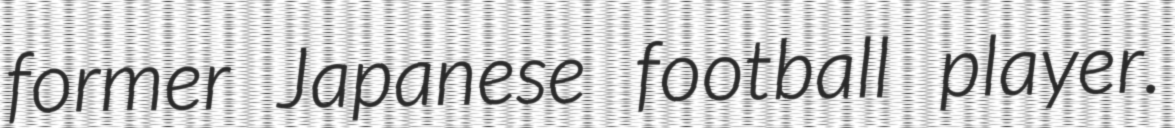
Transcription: former Japanese football player.